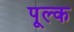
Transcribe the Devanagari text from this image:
पूल्क